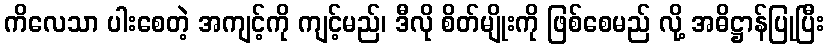
ကိလေသာ ပါးစေတဲ့ အကျင့်ကို ကျင့်မည်၊ ဒီလို စိတ်မျိုးကို ဖြစ်စေမည် လို့ အဓိဋ္ဌာန်ပြုပြီး